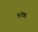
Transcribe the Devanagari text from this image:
९२७५